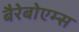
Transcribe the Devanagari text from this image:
बैरेबोएम्स